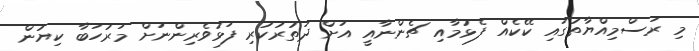
މި ރަސްމިއްޔާތުގައި ކޭކެއް ފެޅުމާއި ޗެންނާއީ އަށް ދަތުރުކުރި ފަޅުވެރިންނަށް މަރުހަބާ ކިޔުން